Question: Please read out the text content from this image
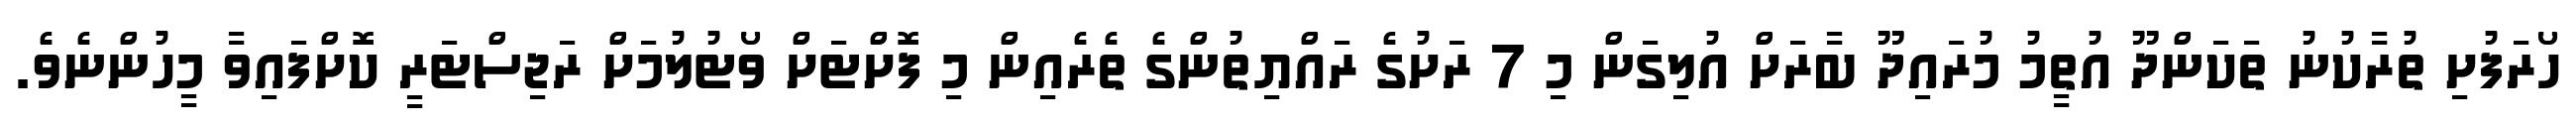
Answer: ހޯރަފުށި ތުރާކުނު ތަކަންދޫ އުތީމު މުރައިދޫ ބާރަށް އުލިގަން މި 7 ރަށުގެ ރައްޔިތުންގެ ތެރެއިން މި ފޮށްޓަށް ވޯޓުލުމަށް ރަޖިސްޓަރީ ކޮށްފައިވާ މީހުންނެވެ.